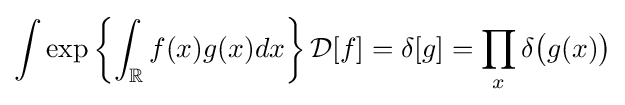
\int \exp \left\lbrace \int _{\mathbb {R} }f(x)g(x)dx\right\rbrace {\mathcal {D}}[f]=\delta [g]=\prod _{x}\delta {\big (}g(x){\big )}